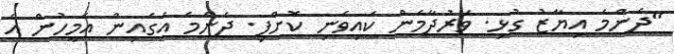
"ދެންމެ އިޔާޒު ގުޅި. ވަރުދާމެން ކައިވެނި ކޮށްފި. ދެންމެ އެގެއިން އެމީހުން އެ